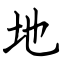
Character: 地